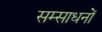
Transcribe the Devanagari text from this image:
सम्साधनों